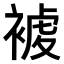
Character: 𧛓